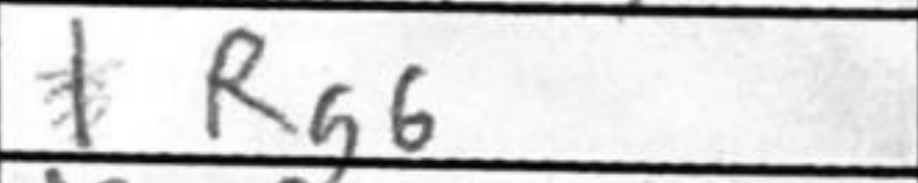
Transcription: Rg6